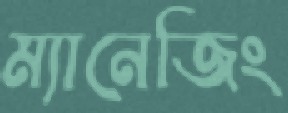
ম্যানেজিং